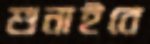
শুনাইবে